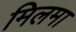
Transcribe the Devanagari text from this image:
मिलमा